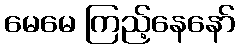
မေမေ ကြည့်နေနော်